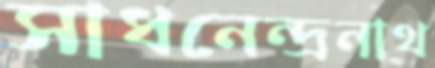
সাধনেন্দ্রনাথ